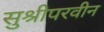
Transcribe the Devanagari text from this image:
सुश्रीपरवीन